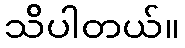
သိပါတယ်။